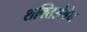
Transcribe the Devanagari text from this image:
शक्तिसंबंध